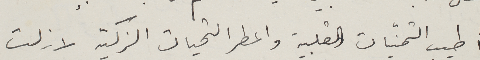
أطيب التمنّيات القلبية واعطر التحيات الزكية لا زلت